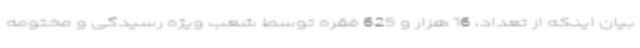
بیان اینکه از تعداد، 16 هزار و 625 فقره توسط شعب ویژه رسیدگی و مختومه